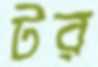
টর